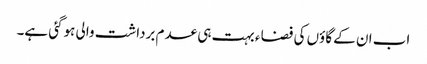
اب ان کے گاؤں کی فضا ء بہت ہی عدم برداشت والی ہوگئی ہے۔